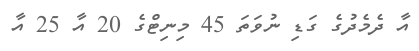
އާ ދެމެދުގެ ގަޑި ނުވަތަ 45 މިނިޓްގެ 20 އާ 25 އާ